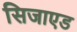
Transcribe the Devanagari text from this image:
सिजाएड